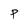
Character: P